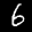
Label: 6